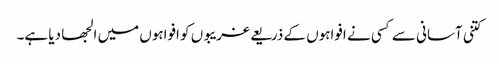
کتنی آسانی سے کسی نے افواہوں کے ذریعے غریبوں کو افواہوں میں الجھا دیا ہے۔